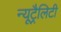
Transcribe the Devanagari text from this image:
न्यूट्रैलिटी